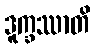
ဒူက္ခဿာတိ